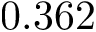
0 . 3 6 2